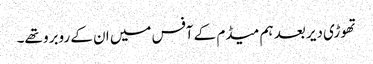
تھوڑی دیر بعد ہم میڈم کے آفس میں ان کے روبرو تھے۔